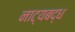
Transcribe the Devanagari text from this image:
नाट्यबद्ध